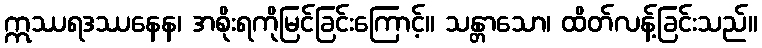
ဣဿရဒဿနေန၊ အစိုးရကိုမြင်ခြင်းကြောင့်။ သန္တာသော၊ ထိတ်လန့်ခြင်းသည်။